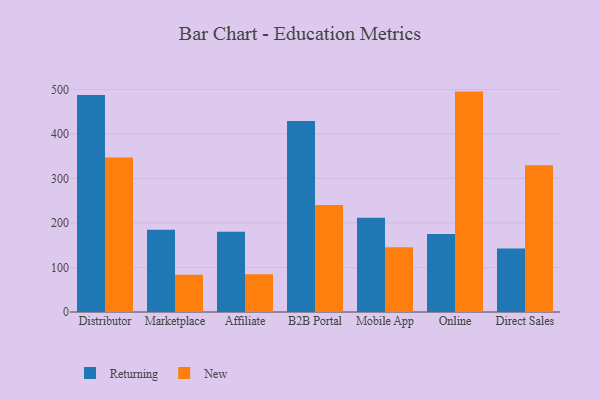
{"axis": {"x": "Channel", "y": "Shipments"}, "legend": ["New", "Returning"], "data": [{"x": "Distributor", "y": 487.6, "type": "Returning"}, {"x": "Distributor", "y": 347.4, "type": "New"}, {"x": "Marketplace", "y": 184.9, "type": "Returning"}, {"x": "Marketplace", "y": 83.6, "type": "New"}, {"x": "Affiliate", "y": 180.6, "type": "Returning"}, {"x": "Affiliate", "y": 84.7, "type": "New"}, {"x": "B2B Portal", "y": 429.2, "type": "Returning"}, {"x": "B2B Portal", "y": 240.7, "type": "New"}, {"x": "Mobile App", "y": 211.7, "type": "Returning"}, {"x": "Mobile App", "y": 145.3, "type": "New"}, {"x": "Online", "y": 175.1, "type": "Returning"}, {"x": "Online", "y": 495.3, "type": "New"}, {"x": "Direct Sales", "y": 142.5, "type": "Returning"}, {"x": "Direct Sales", "y": 329.7, "type": "New"}]}